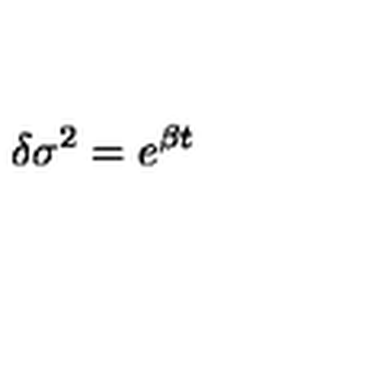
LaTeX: { \delta } { \sigma } ^ { 2 } = e ^ { { \beta } t }